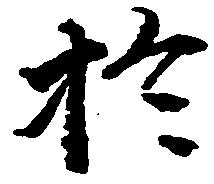
於